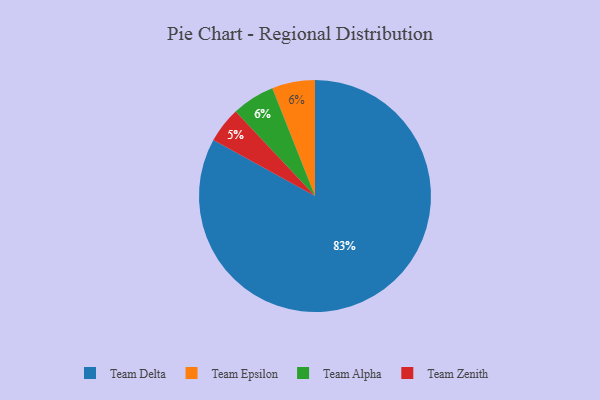
{"axis": {"x": "Category", "y": "Percentage"}, "legend": ["Team Alpha", "Team Delta", "Team Epsilon", "Team Zenith"], "data": [{"x": "Team Epsilon", "y": 6, "type": "Team Epsilon"}, {"x": "Team Delta", "y": 83, "type": "Team Delta"}, {"x": "Team Zenith", "y": 5, "type": "Team Zenith"}, {"x": "Team Alpha", "y": 6, "type": "Team Alpha"}]}